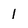
Character: l